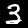
Digit: 3